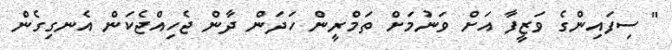
" ސިފައިންގެ ވަޒީފާ އަށް ވަނުމަށް ތަމްރީން ހަދަން ދާން ޖެހިއްޖެކަން އެނގިގެން